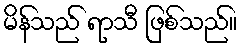
မိန်သည် ရာသီ ဖြစ်သည်။